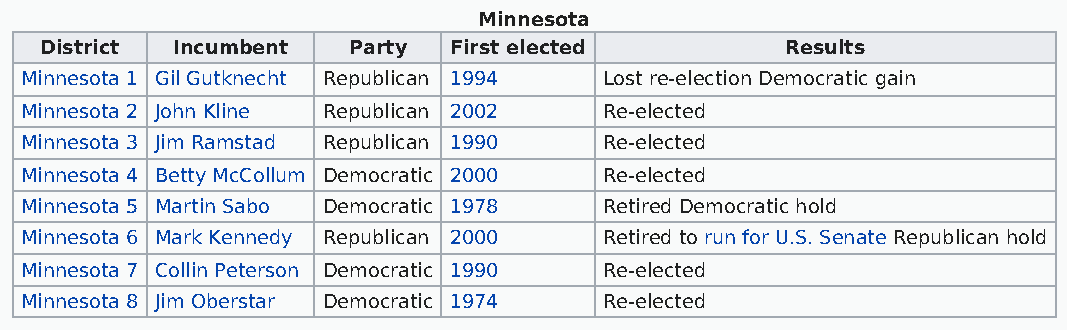
Minnesota
 District Incumbent  Party  First elected         Results
 Minnesota 1 Gil Gutknecht Republican 1994 Lost re-election Democratic gain
 Minnesota 2 John Kline Republican 2002 Re-elected
 Minnesota 3 Jim Ramstad Republican 1990 Re-elected
 Minnesota 4 Betty McCollum Democratic 2000 Re-elected
 Minnesota 5 Martin Sabo Democratic 1978 Retired Democratic hold
 Minnesota 6 Mark Kennedy Republican 2000 Retired to run for U.S. Senate Republican hold
 Minnesota 7 Collin Peterson Democratic 1990 Re-elected
 Minnesota 8 Jim Oberstar Democratic 1974 Re-elected